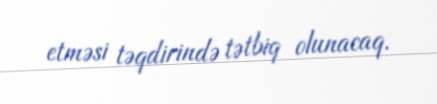
etməsi təqdirində tətbiq olunacaq.